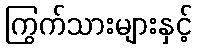
ကြွက်သားများနှင့်